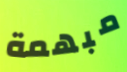
مبهمة